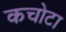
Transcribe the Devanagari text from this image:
कचोटा